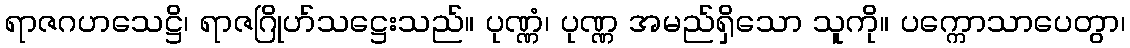
ရာဇဂဟသေဋ္ဌိ၊ ရာဇဂြိုဟ်သဋ္ဌေးသည်။ ပုဏ္ဏံ၊ ပုဏ္ဏ အမည်ရှိသော သူကို။ ပက္ကောသာပေတွာ၊